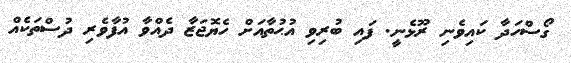
ގޯސްހަދާ ކައިވެނި ރޫޅެނީ. ފައި ބުރިވި އުޙުތާއަށް ހެޔޮޖަޒާ ދެއްވާ އުފާވެރި ދުސްތަަކެއް